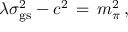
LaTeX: \lambda \sigma _ { \mathrm { g s } } ^ { 2 } - c ^ { 2 } \, = \, m _ { \pi } ^ { 2 } \, ,